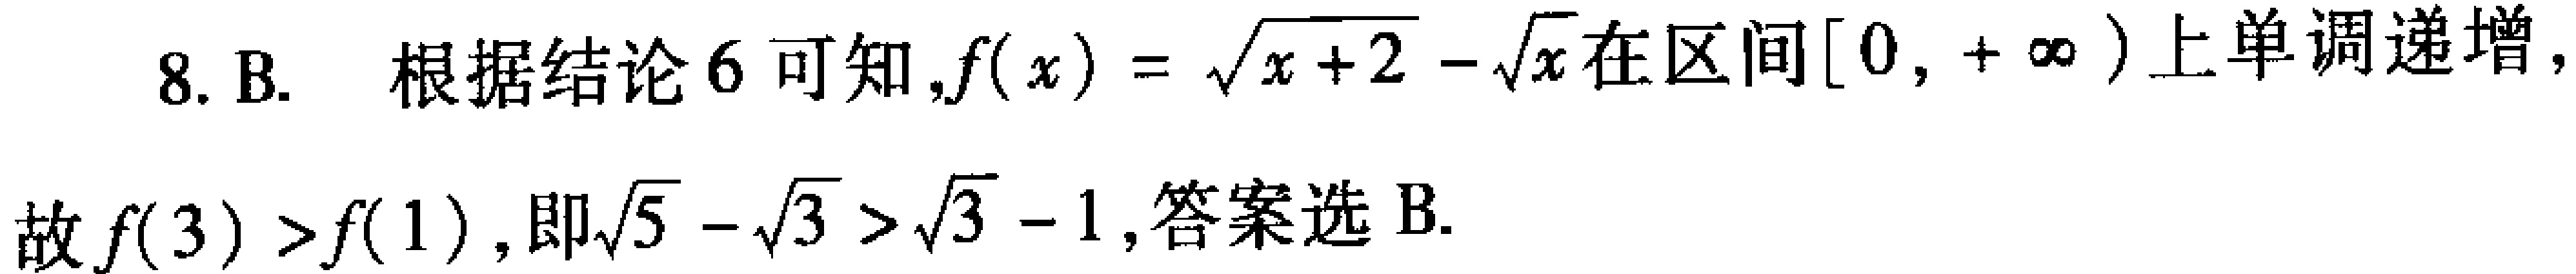
8. B. 根据结论 6 可知,$f(x)=\sqrt{x + 2}-\sqrt{x}$在区间$[0,+\infty)$上单调递增,

故$f(3)>f(1)$, 即$\sqrt{5}-\sqrt{3}>\sqrt{3}-1$,答案选 B.